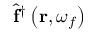
\hat { \mathbf { f } } ^ { \dagger } \left( \mathbf { r } , \omega _ { f } \right)